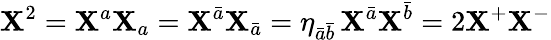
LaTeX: \mathbf{X}^{2}=\mathbf{X}^{a}\mathbf{X}_{a}=\mathbf{X}^{\bar{{a}}}\mathbf{X}_{\bar{{a}}}=\eta_{\bar{{a}}\bar{{b}}}\, \mathbf{X}^{\bar{{a}}}\mathbf{X}^{\bar{{b}}}=2\mathbf{X}^{+}\mathbf{X}^{-}